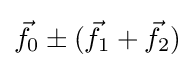
{\vec {f}}_{0}\pm ({\vec {f}}_{1}+{\vec {f}}_{2})